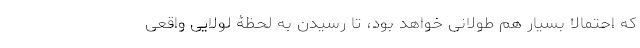
که احتمالاً بسیار هم طولانی خواهد بود، تا رسیدن به لحظۀ لولاییِ واقعی